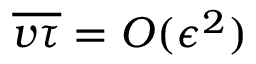
\overline { { v \tau } } = { \cal O } ( \epsilon ^ { 2 } )